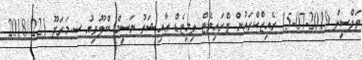
ތަފްސީލް 2019-07-15 ރެއިޒްކްރައުން ޕްރައިވެޓް ލިމިޓެޑް ޢާއިޝަތު ނަސީމް ބްލޫވިއު ސ.މަރަދޫ 221//2018